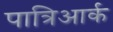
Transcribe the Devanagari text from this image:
पात्रिआर्क